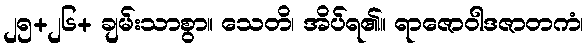
၂၅+၂၆+ ချမ်းသာစွာ။ သေတိ၊ အိပ်ရ၏။ ရာဇောဝါဒဇာတကံ၊